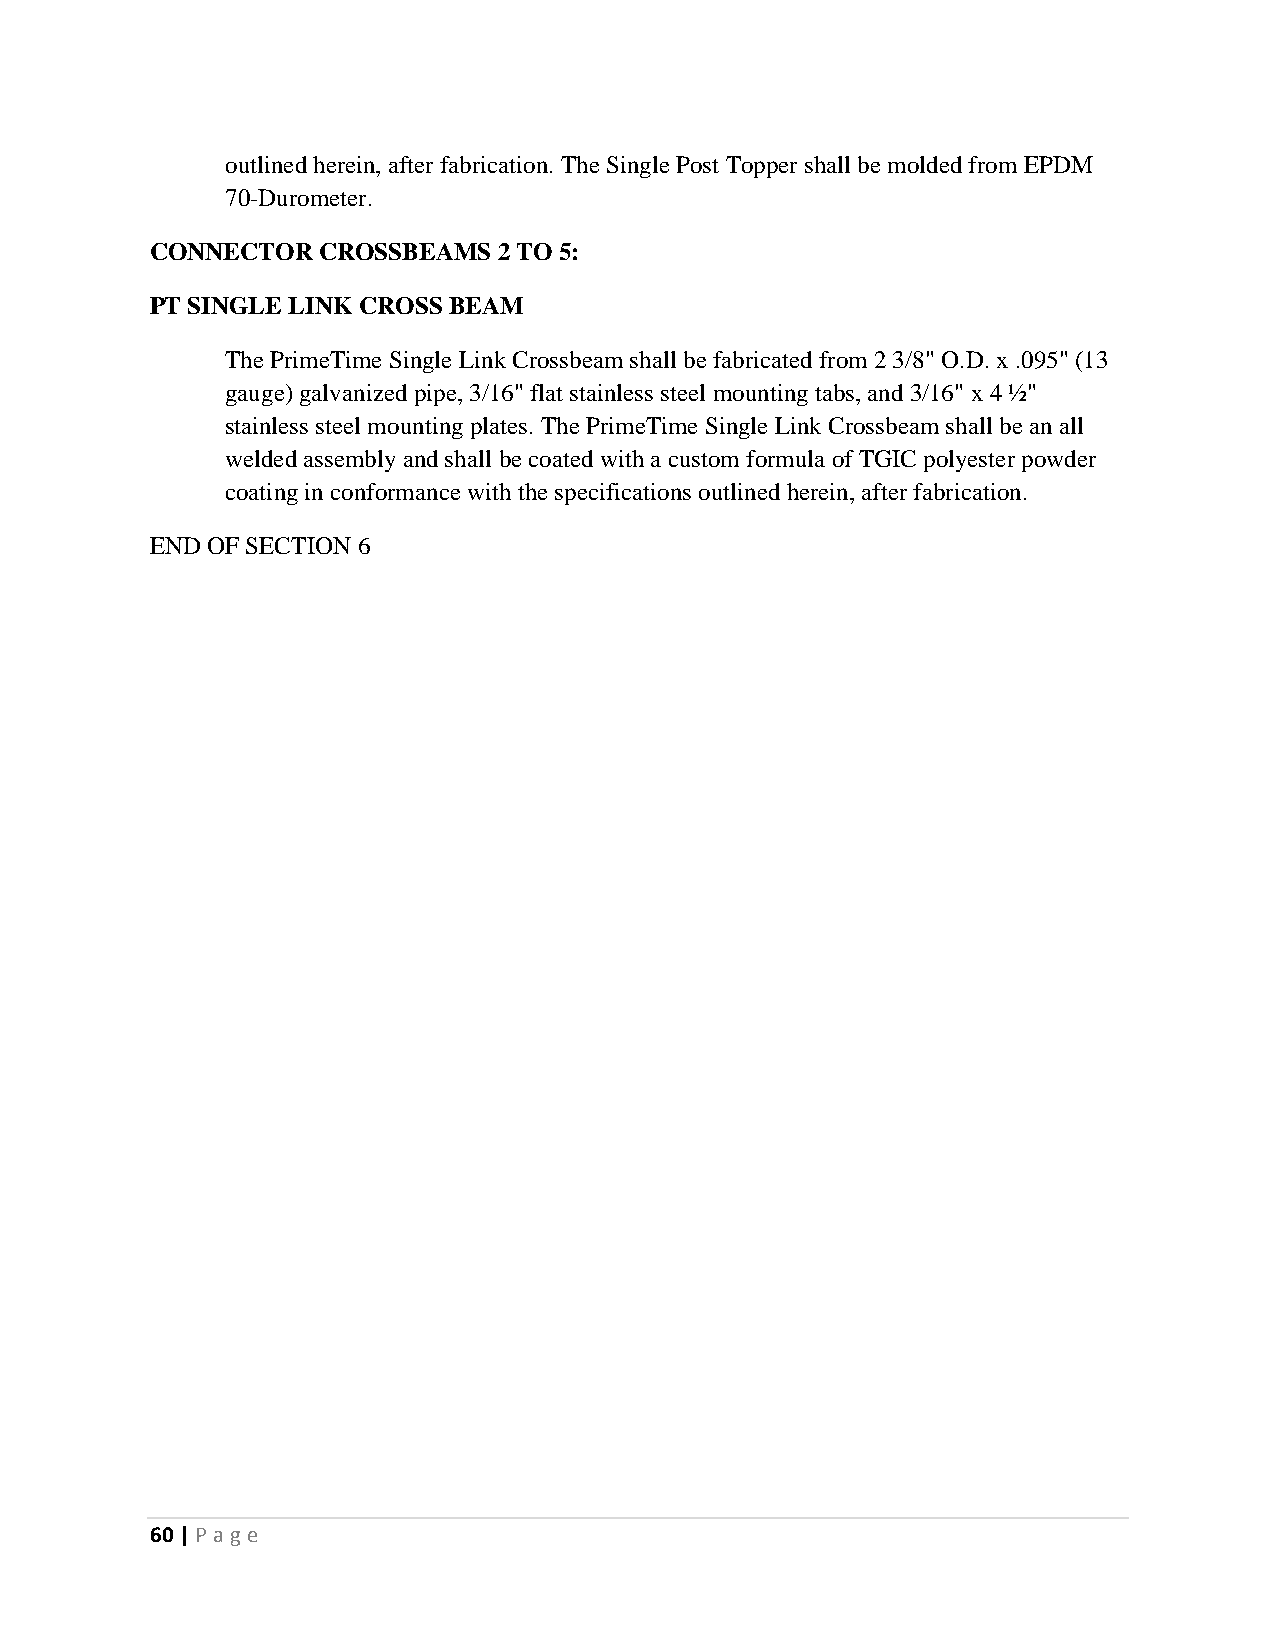
outlined herein, after fabrication. The Single Post Topper shall be molded from EPDM
 70-Durometer.
 CONNECTOR  CROSSBEAMS  2 TO 5:
 PT SINGLE LINK CROSS BEAM
 The PrimeTime Single Link Crossbeam shall be fabricated from 2 3/8" O.D. x .095" (13
 gauge) galvanized pipe, 3/16" flat stainless steel mounting tabs, and 3/16" x 4 ½"
 stainless steel mounting plates. The PrimeTime Single Link Crossbeam shall be an all
 welded assembly and shall be coated with a custom formula of TGIC polyester powder
 coating in conformance with the specifications outlined herein, after fabrication.
 END OF SECTION 6
 60 | P age